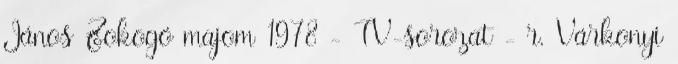
János Zokogó majom 1978 - TV-sorozat - r. Várkonyi